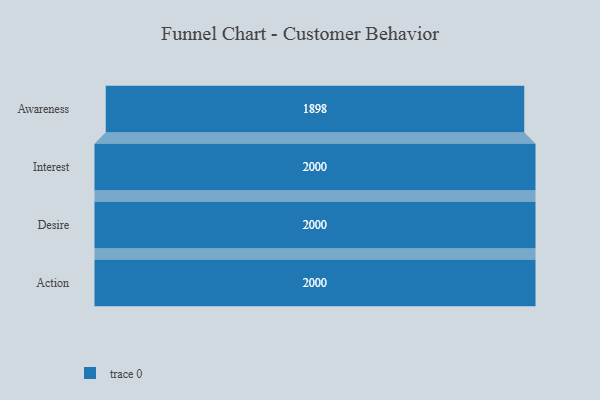
{"axis": {"x": "Stage", "y": "Value"}, "legend": [""], "data": [{"x": "Awareness", "y": 1898.0, "type": ""}, {"x": "Interest", "y": 2000, "type": ""}, {"x": "Desire", "y": 2000, "type": ""}, {"x": "Action", "y": 2000, "type": ""}]}